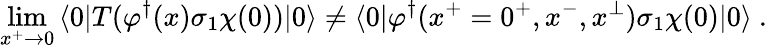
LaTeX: \operatorname*{lim}_{x^{+}\rightarrow 0}\, \langle 0|T(\varphi^{\dagger}(x)\sigma_{1}\chi(0))|0\rangle\neq\langle 0|\varphi^{\dagger}(x^{+}=0^{+},x^{-},x^{\perp})\sigma_{1}\chi(0)|0\rangle\ .